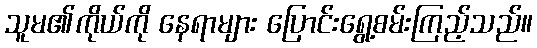
သူမ၏ကိုယ်ကို နေရာများ ပြောင်းရွေ့စမ်းကြည့်သည်။